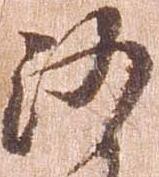
沙